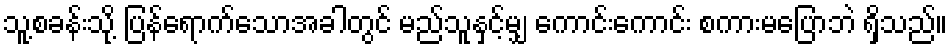
သူ့စခန်းသို့ ပြန်ရောက်သောအခါတွင် မည်သူနှင့်မျှ ကောင်းကောင်း စကားမပြောဘဲ ရှိသည်။